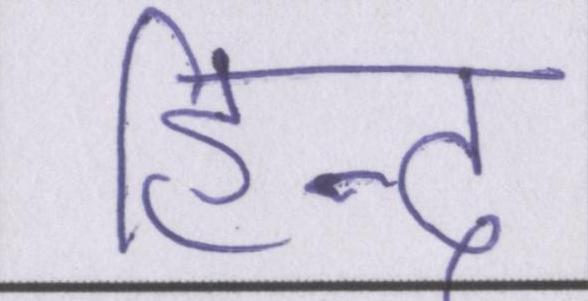
हिन्द